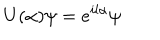
U ( \alpha ) \psi = e ^ { i l \alpha } \psi